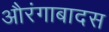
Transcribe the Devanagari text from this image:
औरंगाबादस